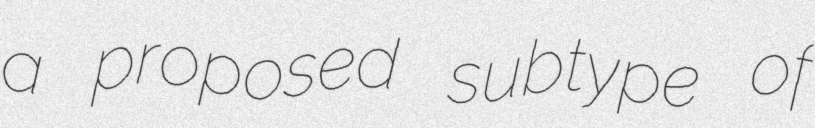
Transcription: a proposed subtype of